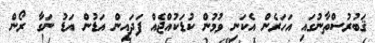
ޤަބުރުސްތާނުގައި އަހަރެން އެކަނި ވުމުން ކުޑަކުއްޖެއް ފަދައިން އަޑުން އަޑު ނަގާ ރޯން